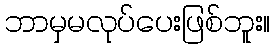
ဘာမှမလုပ်ပေးဖြစ်ဘူး။